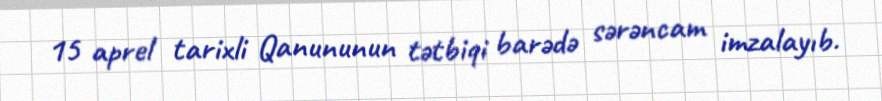
15 aprel tarixli Qanununun tətbiqi barədə sərəncam imzalayıb.